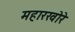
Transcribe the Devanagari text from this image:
महारखोरे